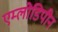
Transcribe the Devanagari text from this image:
एम्लोडिपीन